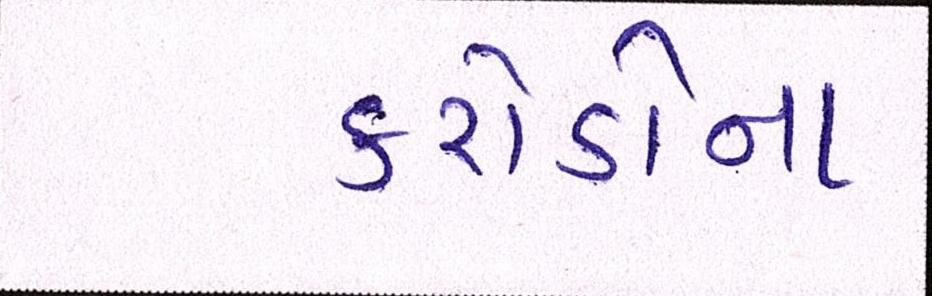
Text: કરોડોના